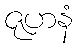
ဇုဟနံ